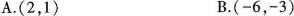
A.(2，1) B.(-6，-3)